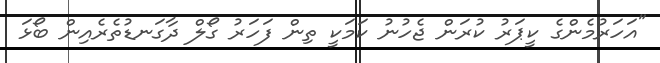
"އަހަރުމެންގެ ކީޕަރު ކުރަން ޖެހުނު ކަމަކީ ތިން ފަހަރު ގޯލް ދާގަނޑުތެރެއިން ބޯޅަ